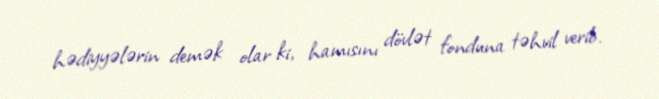
hədiyyələrin demək olar ki, hamısını dövlət fonduna təhvil verib.